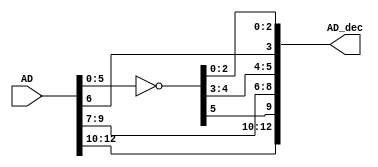
/*  This file is part of JTPOPEYE.
    JTPOPEYE program is free software: you can redistribute it and/or modify
    it under the terms of the GNU General Public License as published by
    the Free Software Foundation, either version 3 of the License, or
    (at your option) any later version.

    JTPOPEYE program is distributed in the hope that it will be useful,
    but WITHOUT ANY WARRANTY; without even the implied warranty of
    MERCHANTABILITY or FITNESS FOR AD PARTICULAR PURPOSE.  See the
    GNU General Public License for more details.

    You should have received a copy of the GNU General Public License
    along with JTPOPEYE.  If not, see <http://www.gnu.org/licenses/>.

    Author: Jose Tejada Gomez. Twitter: @topapate
    Version: 1.0
    Date: 12-3-2019 */

`timescale 1ns/1ps

module jtpopeye_video_dec(
    input      [12:0]   AD,
    output reg [12:0]   AD_dec
);

reg [12:0] pre;
// AD is obfuscated
always @(*) begin
    pre[  5:0] =~AD[  5:0];
    pre[ 12:6] = AD[ 12:6];
    AD_dec[9:0] = { pre[5], pre[9], pre[8:7], pre[4:3], pre[6], pre[2:0] };
    AD_dec[12:10] = pre[12:10];
end

// assign AD_dec[  2:0] =~AD[  2:0];
// assign AD_dec[    3] = AD[    6];
// assign AD_dec[    4] =~AD[    3];
// assign AD_dec[    5] =~AD[    4];
// assign AD_dec[    6] = AD[    7];
// assign AD_dec[    7] = AD[    8];
// assign AD_dec[    8] = AD[    9];
// assign AD_dec[    9] =~AD[    5];
// assign AD_dec[12:10] = AD[12:10];


endmodule // jtpopeye_video_ad